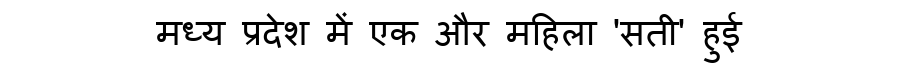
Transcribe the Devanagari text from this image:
मध्य प्रदेश में एक और महिला 'सती' हुई